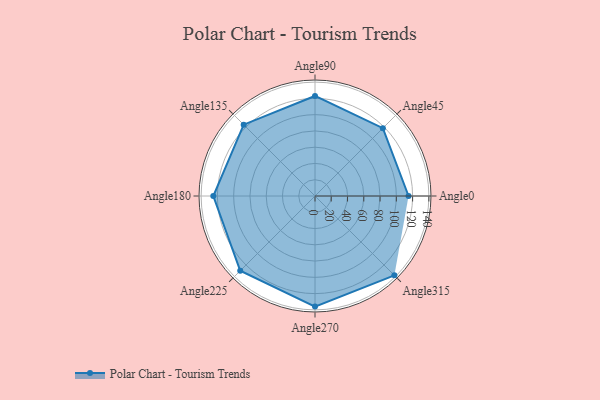
{"axis": {"x": "Angle", "y": "Radius"}, "legend": [""], "data": [{"x": "Angle0", "y": 115.0, "type": ""}, {"x": "Angle45", "y": 118.0, "type": ""}, {"x": "Angle90", "y": 123.0, "type": ""}, {"x": "Angle135", "y": 124.0, "type": ""}, {"x": "Angle180", "y": 125.0, "type": ""}, {"x": "Angle225", "y": 130.0, "type": ""}, {"x": "Angle270", "y": 136.0, "type": ""}, {"x": "Angle315", "y": 138.0, "type": ""}]}